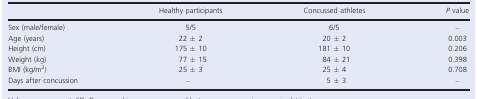
|  | Healthy participants | Concussed athletes | P value |
 | --- | --- | --- | --- |
 | Sex (male/female) | 5/5 | 6/5 | – |
 | Age (years) | 22 ± 2 | 20 ± 2 | 0.003 |
 | Height (cm) | 175 ± 10 | 181 ± 10 | 0.206 |
 | Weight (kg) | 77 ± 15 | 84 ± 21 | 0.398 |
 | BMI (kg/m2) | 25 ± 3 | 25 ± 4 | 0.708 |
 | Days after concussion | – | 5 ± 3 | – |